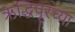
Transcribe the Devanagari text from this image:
ऋद्धिपूरच्या